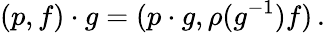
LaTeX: (p,f)\cdot g=(p\cdot g,\rho(g^{-1})f)\, .